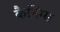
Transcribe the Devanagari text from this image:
कैनिंग्स